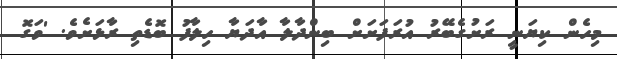
މިހެން ކިޔަނީ ރަށުގެބޭރު އުރަފަށަށް ބިންދާލާ އާދަޔާ ހިލާފު ބޮޑެތި ރާޅަށެވެ. 'ވަގޮ